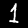
Label: 1